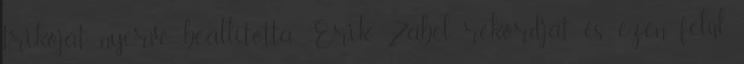
trikóját nyerve beállította Erik Zabel rekordját és ezen felül